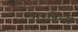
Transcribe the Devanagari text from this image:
भारलेली